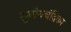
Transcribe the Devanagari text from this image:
सुबोधचंद्रिका